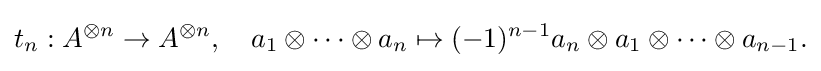
{\begin{aligned}t_{n}:A^{\otimes n}\to A^{\otimes n},\quad a_{1}\otimes \dots \otimes a_{n}\mapsto (-1)^{n-1}a_{n}\otimes a_{1}\otimes \dots \otimes a_{n-1}.\end{aligned}}